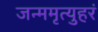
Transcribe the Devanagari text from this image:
जन्ममृत्युहरं